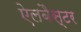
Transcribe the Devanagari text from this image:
ऐलबैस्टर